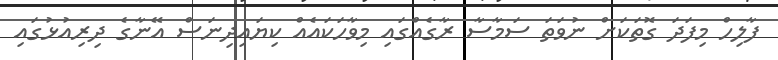
ފާލިހް މިފަދަ ގޮތަކަށް ނުވަތަ ސަމާސާ ރާގެއްގައި މިވާހަކައެއް ކިޔައިދިނަސް އޭނާގެ ދިރިއުޅުގައި